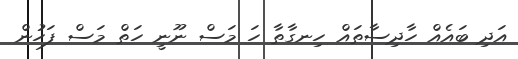
އަދި ބައެއް ހާދިސާތައް ހިނގާތާ ހަ މަސް ނޫނީ ހަތް މަސް ފަހުން